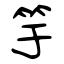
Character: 竽